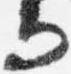
而